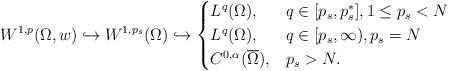
LaTeX: \begin{align*} W^{1,p}(\Omega,w)\hookrightarrow W^{1,p_s}(\Omega)\hookrightarrow \begin{cases} L^q(\Omega),& q\in[p_s,p_s^{*}], 1\leq p_s<N \\ L^q(\Omega),& q\in[p_s,\infty), p_s=N \\ C^{0,\alpha}(\overline{\Omega}),& p_s>N.\end{cases}\end{align*}